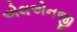
એલએનજી